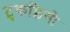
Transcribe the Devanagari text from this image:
टुकड़ियो